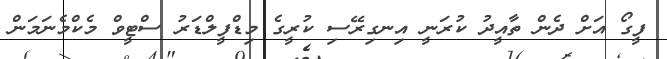
ފީގޯ އަށް ދެން ތާއީދު ކުރަނީ އިނގިރޭސި ކުރީގެ މިޑްފީލްޑަރު ސްޓީވް މެކްމެނަމަން